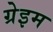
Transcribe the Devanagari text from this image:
ग्रेइम